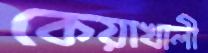
কেয়াখালী